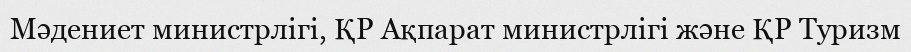
Мәдениет министрлігі, ҚР Ақпарат министрлігі және ҚР Туризм